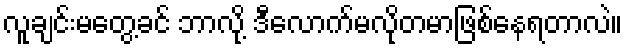
လူချင်းမတွေ့ခင် ဘာလို့ ဒီလောက်မလိုတမာဖြစ်နေရတာလဲ။